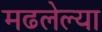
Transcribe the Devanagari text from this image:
मढलेल्या